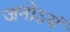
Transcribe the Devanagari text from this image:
जनोऽयं